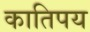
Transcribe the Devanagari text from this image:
कातिपय